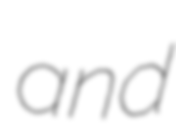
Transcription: and